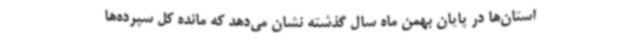
استان‌ها در پایان بهمن ماه سال گذشته نشان می‌دهد که مانده کل سپرده‌ها